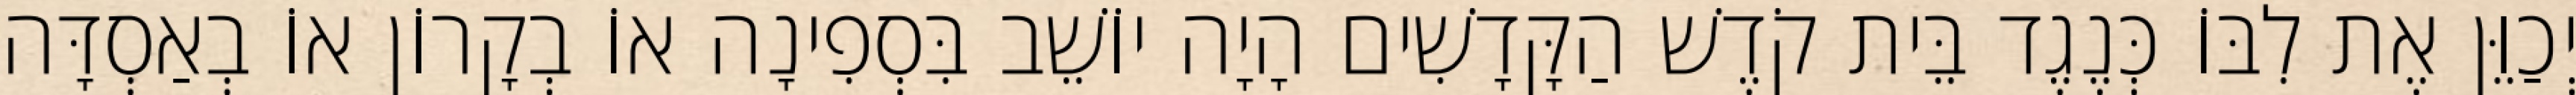
יְכַוֵּן אֶת לִבּוֹ כְּנֶגֶד בֵּית קֹדֶשׁ הַקָּדָשִׁים הָיָה יוֹשֵׁב בִּסְפִינָה אוֹ בְקָרוֹן אוֹ בְאַסְדָּה